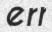
err